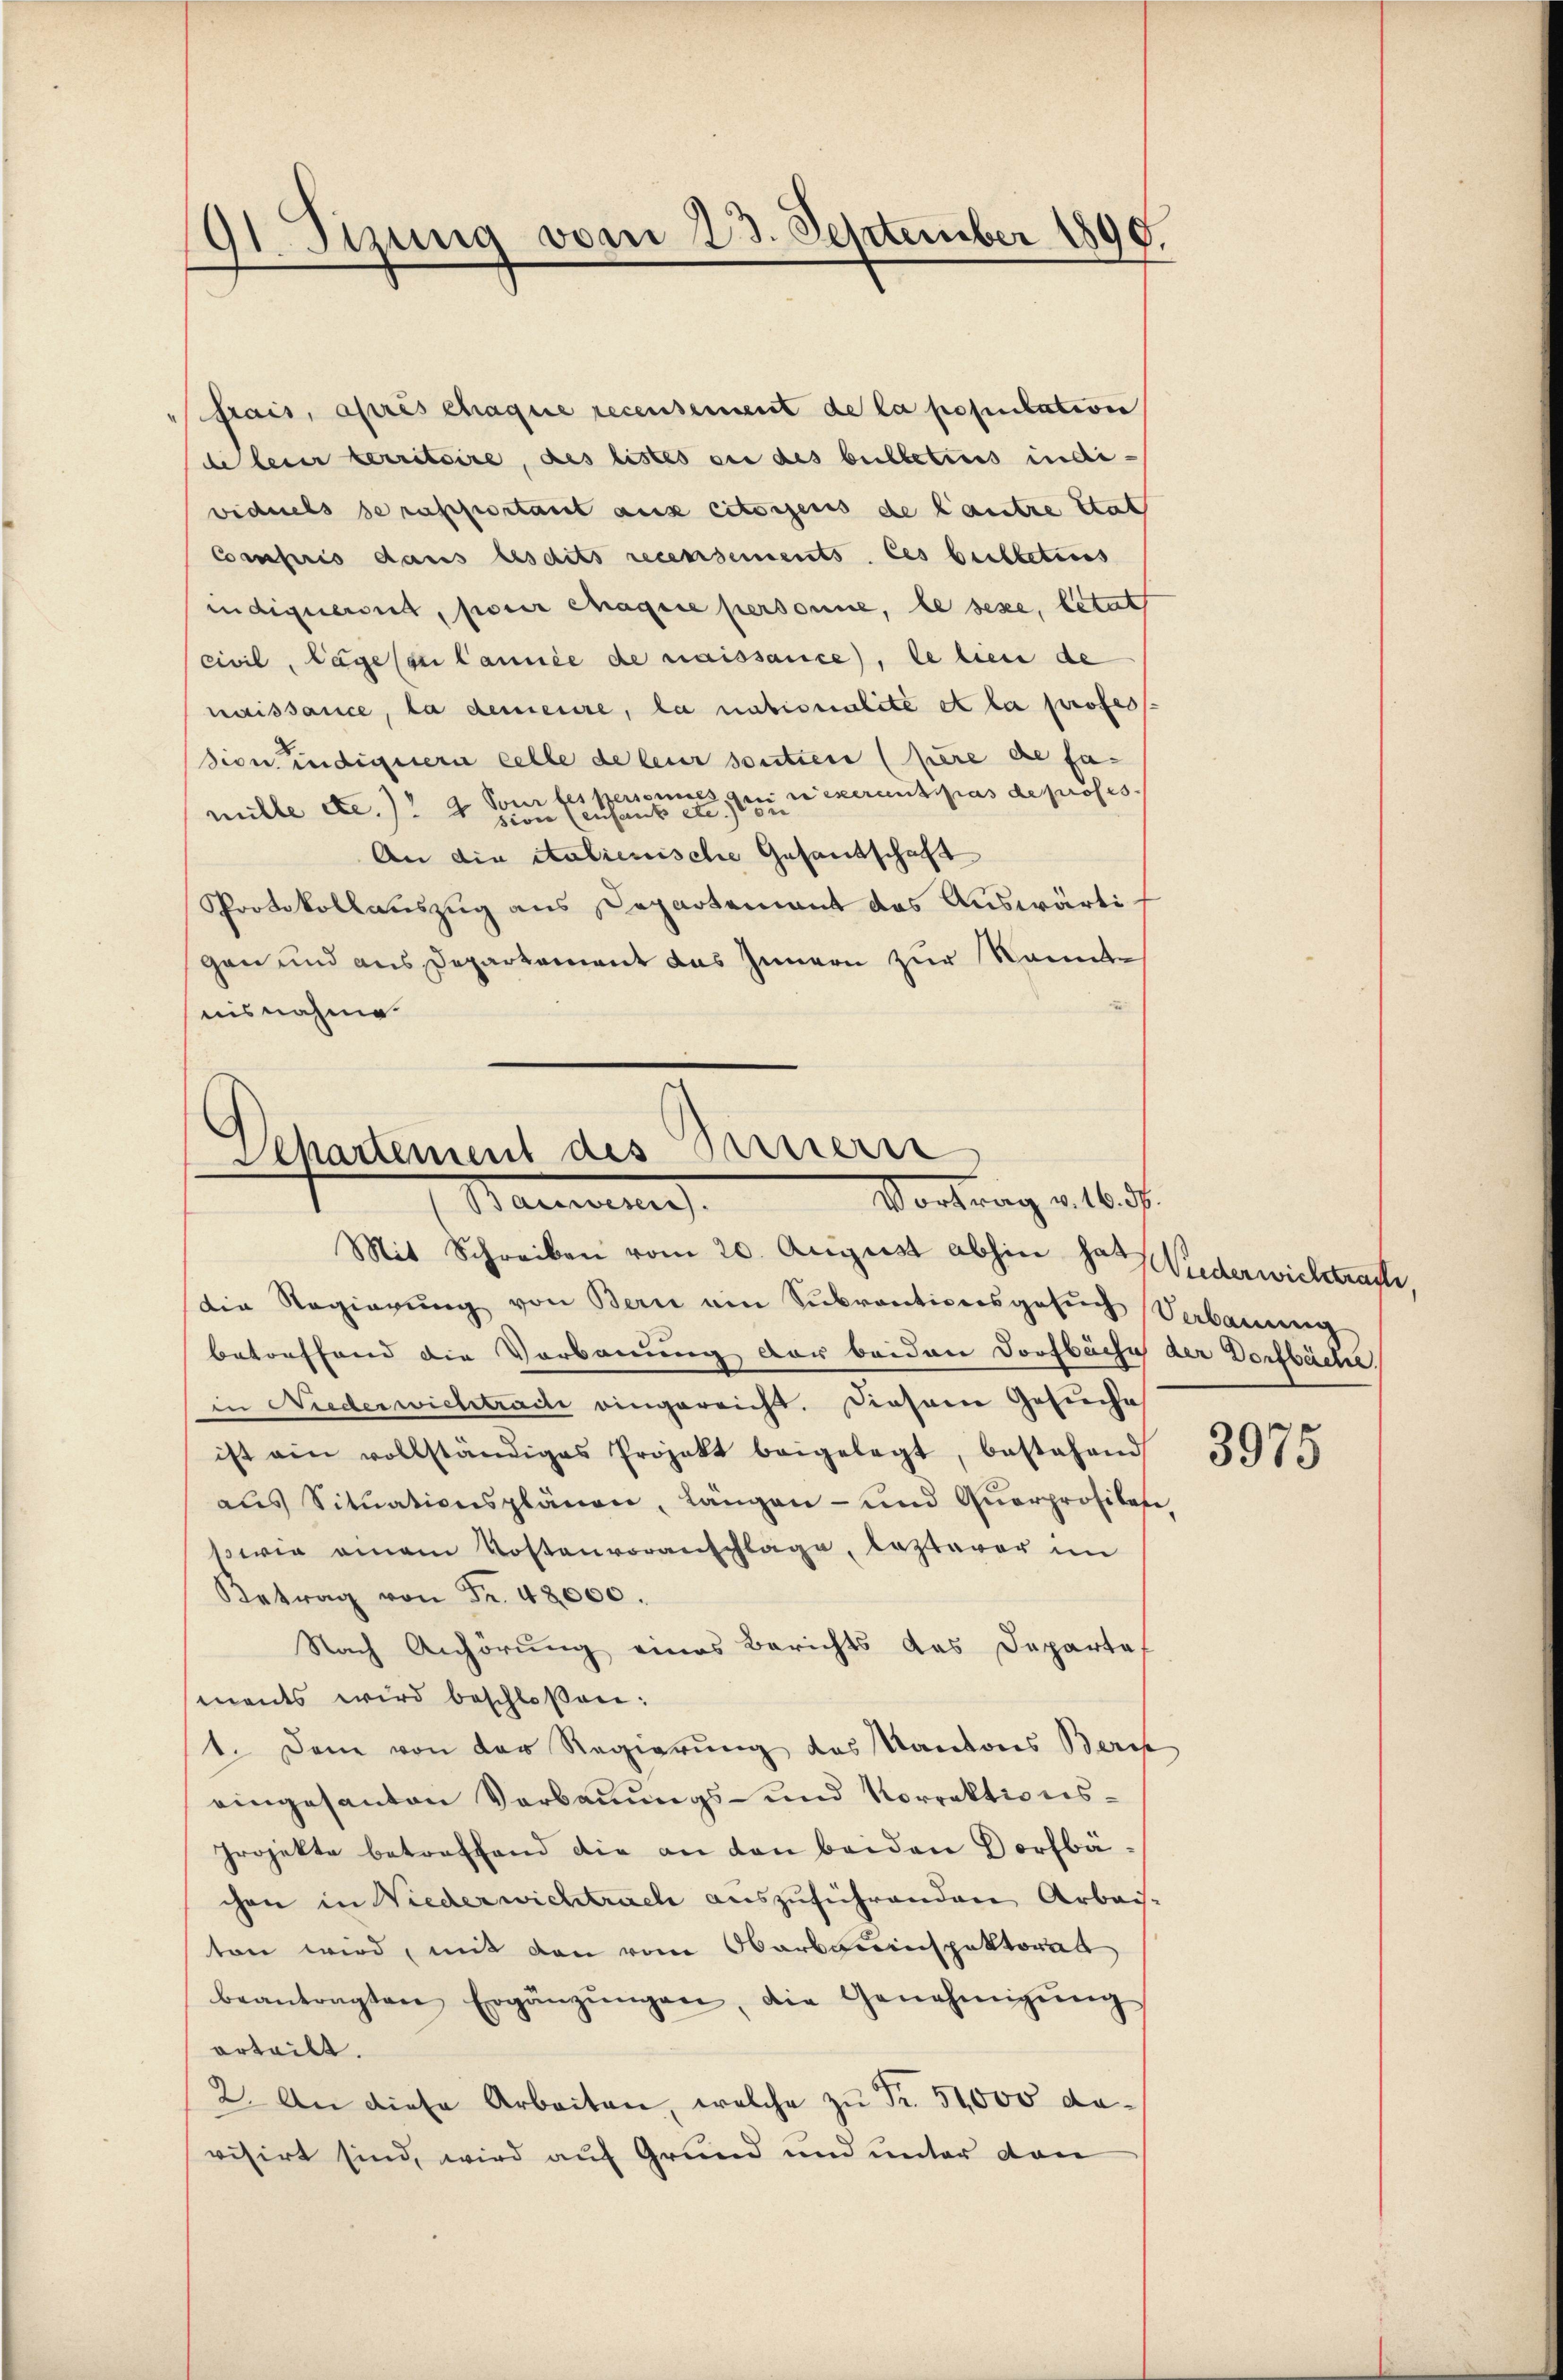
91 Stzung vom 23. September 1890.

frais, après chaque recensement de la population
de leur territoire, des listes ou des bulleters indi-
viduels se rapportant aux citoigens de lautre stat
Compris dans lesdits recensements les beilbetenes
indiquerit, pour chaque personne, le sexe, betat
civil, läge ses Cannée de naissance, le lien de
naissance, la demeure, la nationalite et la profess
sion indignern celle de leur sontien (pere de fa-
i exerantas de profes
mille etc.) " 2 Pour les personnes s
siven (enfant etc.
An die italienische Gesantschaft
Protokollauszug aus Departement das Auswärtigen und aus Departement das Innern zur kannte
nisnahme.

Departement des Sauern
Vortrag v. 16. d.
Bareinig

Mit Schreiben vom 20. August abhin das Wiederwichtragt,
Die Regierŭng von Bern ein Subventionsgesŭch Verbauung
betreffend die Vorbauung der beiden Dorfbache der Dorfbache,
in Niederwichtracte eingereicht. Diesem Gesuche
ist ein vollständiges Projekt beigelegt, bestehend
aŭs Sitŭationsplänen, Längen- und Querprofilen
sowie einem Kostenvoranschlage, lezterer im
Betrag von Fr. 48000.
Nach Anhörung eines Berichts das Departef
ments wird beschloßen:
1. Dane von der Regierung des Kantons Berch
eingesanten Verbauungs- und Vorrektions¬
Projekte betreffend die an den beiden Vorfbächen in Niederwichtrache auszuführenden Arbeise
ten wird, mit den vom Oberbauinspektorat
beantragten Ergänzŭngen, die Genehmigŭng
erteilt.
2. An diese Arbeiten, welche zu Fr. 51,000 davisirt sind, wird auf Grund und unter dann

3975